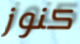
كنوز